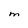
Character: M